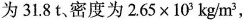
为31.8t、密度为$$2.65\times10^{3}kg/m^{3}$$，